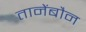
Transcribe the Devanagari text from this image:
तानेंबौन